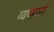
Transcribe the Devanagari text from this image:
व्यव्हारों